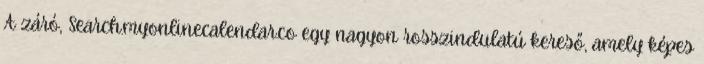
A záró, Search.myonlinecalendar.co egy nagyon rosszindulatú kereső, amely képes